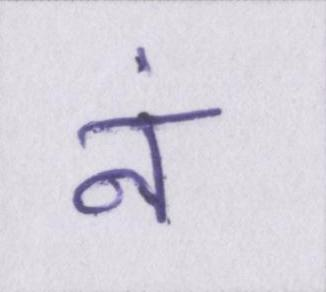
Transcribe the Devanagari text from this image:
नं